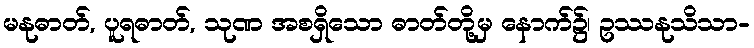
မနုဓာတ်, ပူရဓာတ်, သုဏ အစရှိသော ဓာတ်တို့မှ နောက်၌၊ ဥဿနုသိသာ-